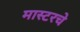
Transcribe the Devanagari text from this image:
मास्टरचे